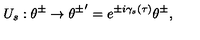
U _ { s } : \theta ^ { \pm } \rightarrow { \theta ^ { \pm } } ^ { \prime } = e ^ { \pm i { \gamma } _ { s } ( \tau ) } \theta ^ { \pm } ,